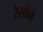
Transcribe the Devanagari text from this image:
रेसोने